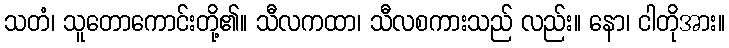
သတံ၊ သူတောကောင်းတို့၏။ သီလကထာ၊ သီလစကားသည် လည်း။ နော၊ ငါတိုအား။